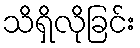
သိရှိလိုခြင်း